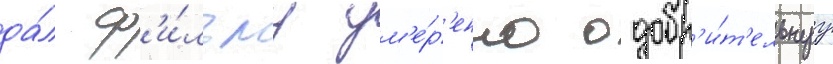
да́л ф'и́льму ум'е́р'енно одобр'и́т'ельнуу